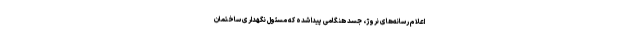
اعلام رسانه‌های نروژ، جسد هنگامی پیدا شده که مسئول نگهداری ساختمان